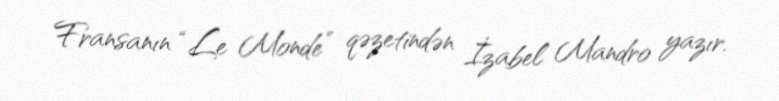
Fransanın “Le Monde” qəzetindən İzabel Mandro yazır.